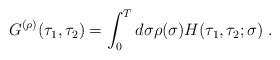
LaTeX: \begin{align*}G^{(\rho)}(\tau_1,\tau_2) = \int_0^T d\sigma\rho (\sigma )H(\tau_1,\tau_2;\sigma)\; .\end{align*}